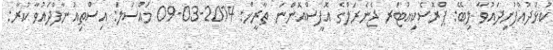
ކުޅުދުއްފުށިދައުވާ ލިބޭ: ޕްރޮސެކިއުޓަރ ޖެނެރަލްގެ އޮފީސްއޮންނަ ތާރީޚް: 2014-03-09 މައްސަލަ: އިސްތިއުނާފްދައުވާ ކުރާ: